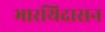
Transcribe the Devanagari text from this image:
भारथिदासन